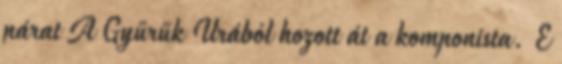
párat A Gyűrűk Urából hozott át a komponista. E